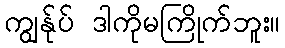
ကျွန်ုပ် ဒါကိုမကြိုက်ဘူး။